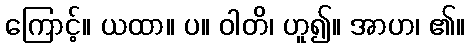
ကြောင့်။ ယထာ။ ပ။ ဝါတိ၊ ဟူ၍။ အာဟ၊ ၏။